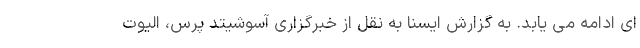
ای ادامه می یابد. به گزارش ایسنا به نقل از خبرگزاری آسوشیتد پرس، الیوت